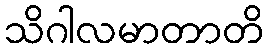
သိဂါလမာတာတိ